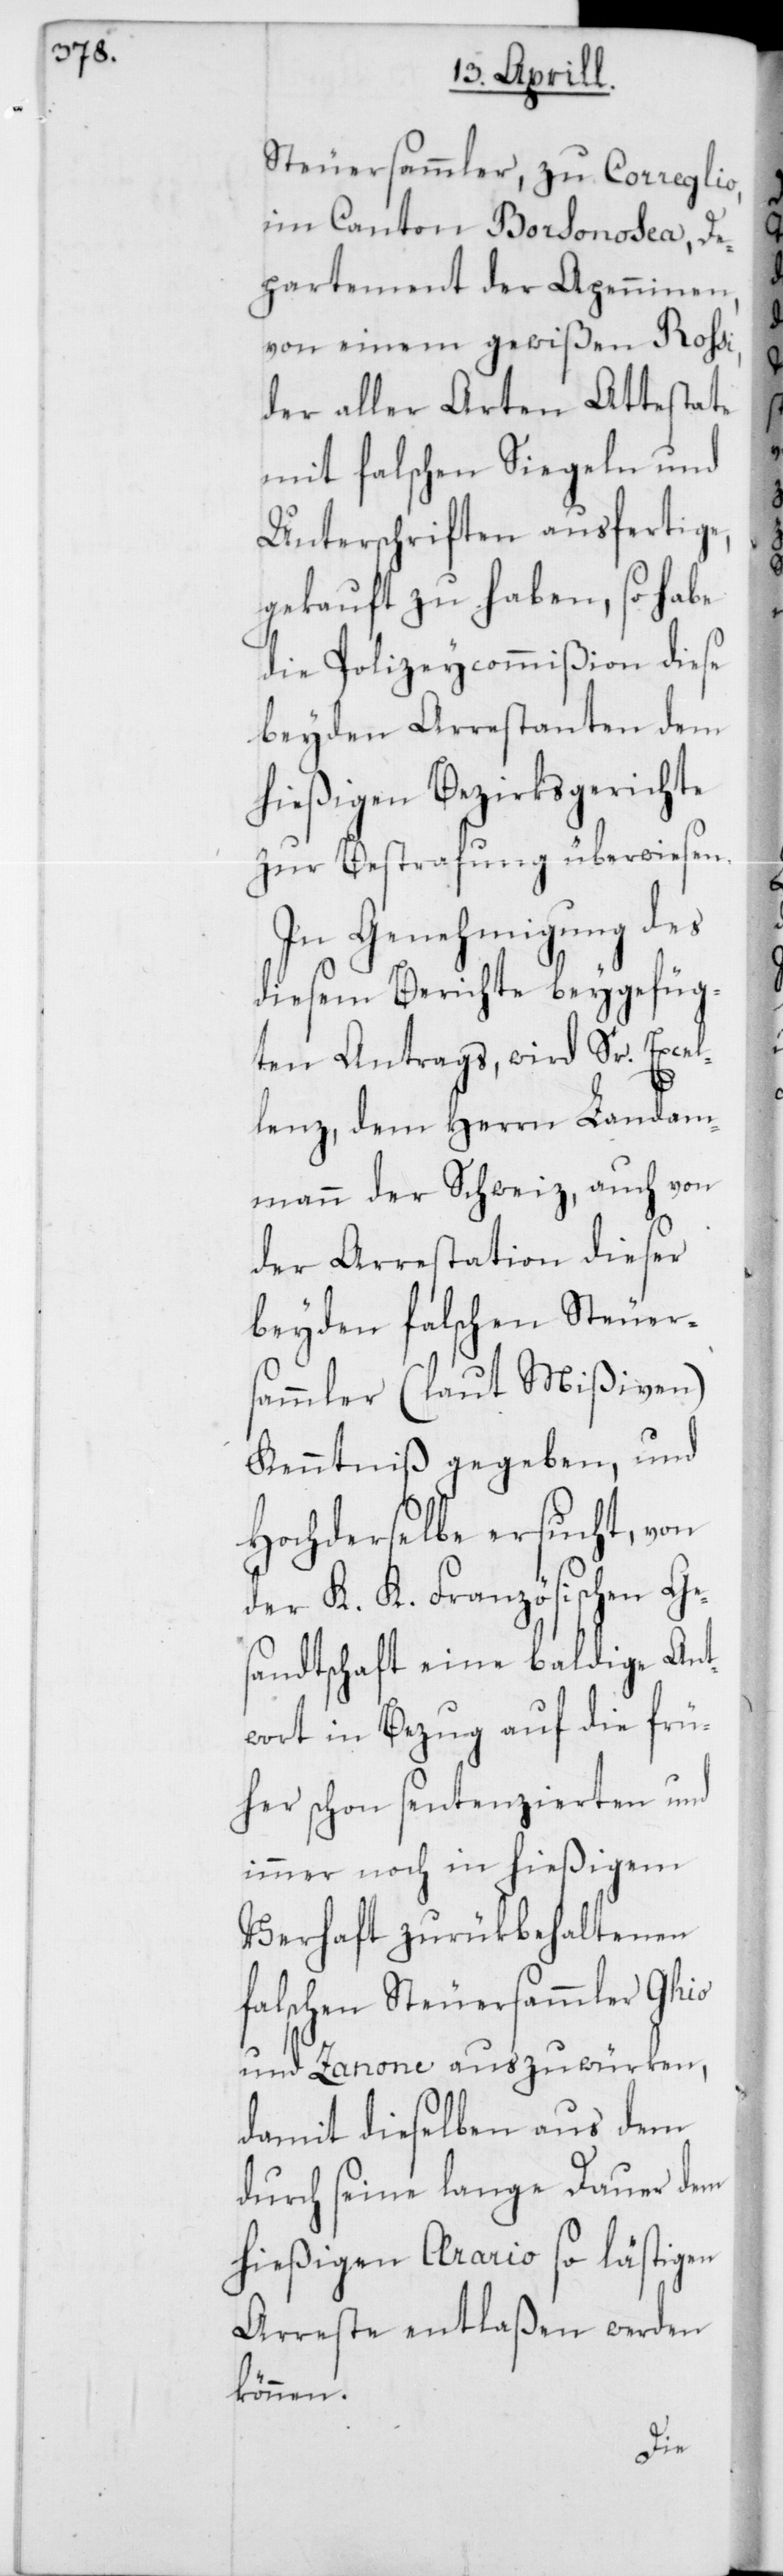
Steuersammler, zu Correglio
im Canton Borsonosea, De¬
partement der Apenninen,
von einem gewißen Rossi,
der aller Arten Attestate
mit falschen Siegeln und
Unterschriften ausfertige,
gekauft zu haben, so habe
die Polizeycommißion diese
beyden Arrestanten dem
hießigen Bezirksgerichte
zur Bestrafung überwiesen.
In Genehmigung des
diesem Berichte beygefüg¬
ten Antrags, wird Se. Excel¬
lenz, dem Herrn Landam¬
mann der Schweiz, auch von
der Arrestation dieser
beyden falschen Steuer¬
sammler (laut Mißiven)
Kenntniß gegeben, und
Hochderselbe ersucht, von
der K. K. Französischen Ge¬
sandtschaft eine baldige Ant¬
wort in Bezug auf die frü¬
her schon sentenzierten und
immer noch in hießigem
Verhaft zurükbehaltenen
falschen Steuersammler Ghio
und Zanone auszuwürken,
damit dieselben aus dem
durch seine lange Dauer dem
hießigen Aerario so lästigen
Arreste entlaßen werden
können.